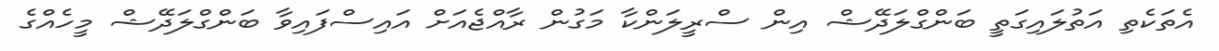
އެތަކެތި އަތުލައިގަތީ ބަންގްލަދޭޝް އިން ސްރީލަންކާ މަގުން ރާއްޖެއަށް އައިސްފައިވާ ބަންގްލަދޭޝް މީހެއްގެ